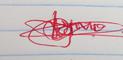
Signature authenticity: genuine